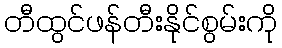
တီထွင်ဖန်တီးနိုင်စွမ်းကို